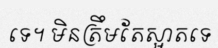
ទេ។ មិនត្រឹមតែស្អាតទេ